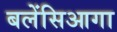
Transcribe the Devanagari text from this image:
बलेंसिआगा